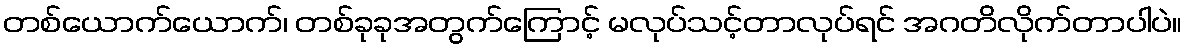
တစ်ယောက်ယောက်၊ တစ်ခုခုအတွက်ကြောင့် မလုပ်သင့်တာလုပ်ရင် အဂတိလိုက်တာပါပဲ။